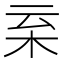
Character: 𣐂